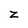
Character: z